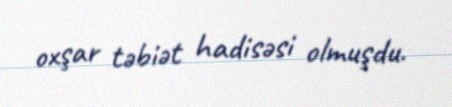
oxşar təbiət hadisəsi olmuşdu.